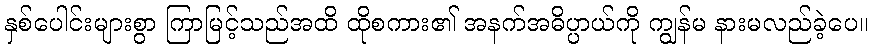
နှစ်ပေါင်းများစွာ ကြာမြင့်သည်အထိ ထိုစကား၏ အနက်အဓိပ္ပာယ်ကို ကျွန်မ နားမလည်ခဲ့ပေ။